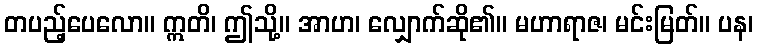
တပည့်ပေလော။ ဣတိ၊ ဤသို့။ အာဟ၊ လျှောက်ဆို၏။ မဟာရာဇ၊ မင်းမြတ်။ ပန၊